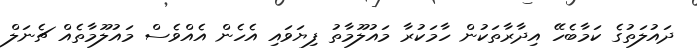
ދައުލަތުގެ ކަމާބެހޭ އިދާރާތަކުން ހާމަކުރާ މައުލޫމާތު ފިޔަވައި އެހެން އެއްވެސް މައުލޫމާތެއް ޗެނަލް